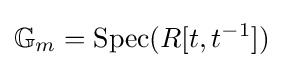
\mathbb {G} _{m}=\operatorname {Spec} (R[t,t^{-1}])